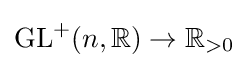
\operatorname {GL} ^{+}(n,\mathbb {R} )\to \mathbb {R} _{>0}